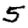
Digit: 5